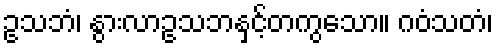
ဥသဘံ၊ နွားလာဥသဘနှင့်တကွသော။ ဂဝံသတံ၊